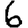
Digit: 6